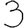
Digit: 3